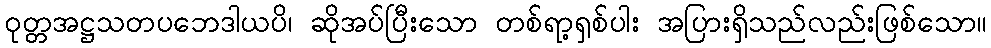
ဝုတ္တအဋ္ဌသတပဘေဒါယပိ၊ ဆိုအပ်ပြီးသော တစ်ရာ့ရှစ်ပါး အပြားရှိသည်လည်းဖြစ်သော။